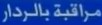
مرافقة-بالرادار